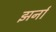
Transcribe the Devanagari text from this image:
झर्ना